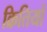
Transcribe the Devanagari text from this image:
क्रितियों